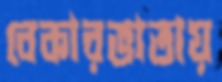
বেকারভাতায়